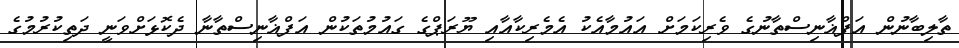
ތާލިބާނުން އަފްޣާނިސްތާނުގެ ވެރިކަމަށް އައުމާއެކު އެމެރިކާއާއި ޔޫރަޕްގެ ގައުމުތަކުން އަފްޣާނިސްތާނާ ދެކޮޅަށްވަނީ ދަތިކުރުމުގެ